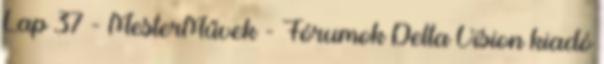
Lap 37 - MesterMűvek - Fórumok Delta Vision kiadó